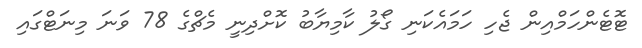
ޓޮޓެންހަމްއިން ޖެހި ހަމައެކަނި ގޯލު ކާމިޔާބު ކޮށްދިނީ މެޗްގެ 78 ވަނަ މިނަޓްގައި